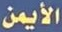
الأيمن